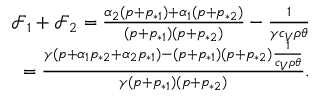
\begin{array} { r } { \mathcal { F } _ { 1 } + \mathcal { F } _ { 2 } = \frac { \alpha _ { 2 } ( p + p _ { * 1 } ) + \alpha _ { 1 } ( p + p _ { * 2 } ) } { ( p + p _ { * 1 } ) ( p + p _ { * 2 } ) } - \frac { 1 } { \gamma c _ { V } \rho \theta } } \\ { = \frac { \gamma ( p + \alpha _ { 1 } p _ { * 2 } + \alpha _ { 2 } p _ { * 1 } ) - ( p + p _ { * 1 } ) ( p + p _ { * 2 } ) \frac { 1 } { c _ { V } \rho \theta } } { \gamma ( p + p _ { * 1 } ) ( p + p _ { * 2 } ) } . } \end{array}